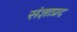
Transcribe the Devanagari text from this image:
संज्ञाप्रद